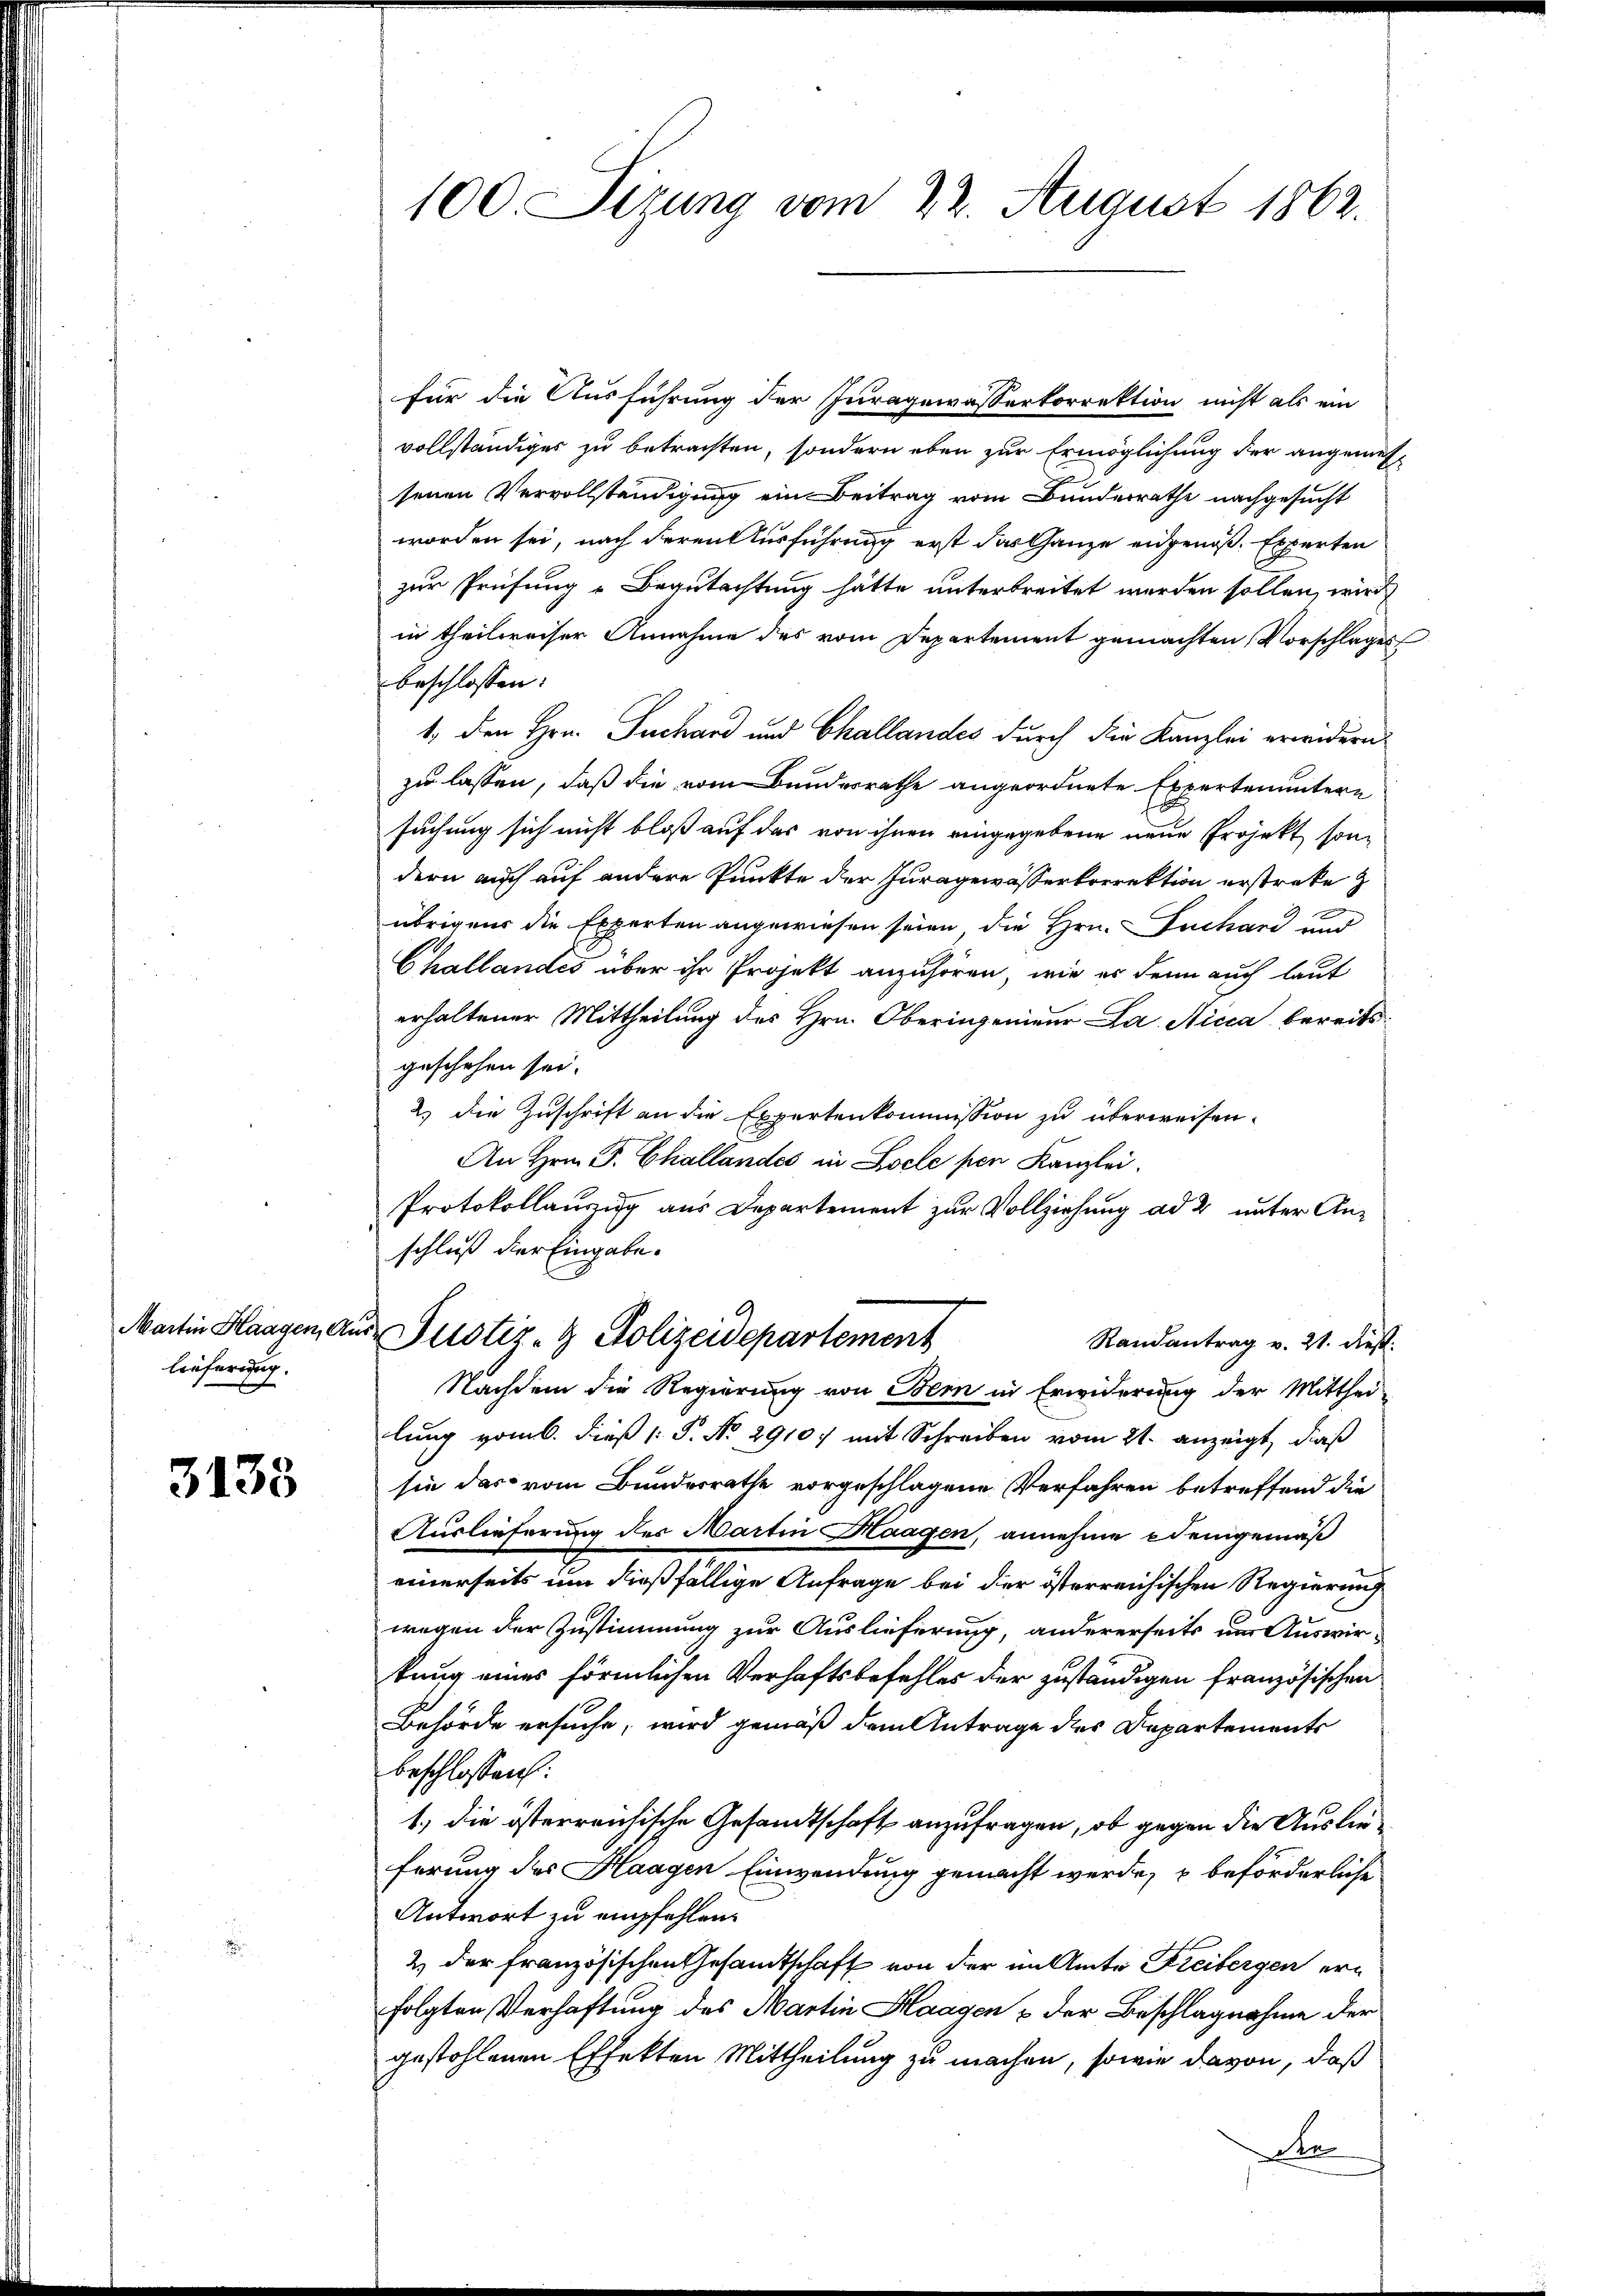
Martin Haagen, An
lieferung.

3133

für die Ausführung der Juragewasserkorrektion nicht als ein
vollständiges zu betrachten, sondern eben zur Ermöglichung der angemes
senen Vervollständigung ein Beitrag vom Bunderrathe nachgesucht
worden sei, nach deren Ausführung erst das Ganze eidgenoß. Experten
zur Prüfung u Begutachtung hätte unterbreitet werden sollen, wird
in theilweiser Annahme des vom Departement gemachten Vorschlages
beschlossen:
1., den Hrn. Juchard und Challandes durch die Kanzlei erwidern
zu lassen, daß die vom Bundesrathe angeordnete Expertenuntere
suchung sich nicht bloß auf das von ihnen eingegebene neue Projekt, sondern auch auf andere Punkte der Juragewässerkorrektion erstreke z
übrigens die Experten angewiesen seien die Hrn. Fuchard und
Challandes über ihr Projekt anzuhören, wie er denn auch laut
erhaltener Mittheilung des Hrn. Oberingenieur La Aica bereits
geschehen sei.
2.) die Zuschrift an die Expertenkommission zu überweisen.
An Hrn. P. Challandes in Locle pen Kanzlei.
Protokollauszug aus Departement zur Vollziehung ad 2 unter Anschluß der Eingabe.
u Justiz- & Polizeidepartement
Randantrag v. 21. dieß:
Nachdem die Regierung von Bern in Erwiderung der Mitthei-
lung vom 6. dieß (: P. No. 2910 mit Schreiben vom 21. anzeigt, daß
sie das vom Bundesrathe vorgeschlagene Verfahren betreffend die
Auslieferung des Martin Haagen, annehme demgemäß
einerseits um dießfällige Anfrage bei der österreichischen Regierung
wegen der Zustimmung zur Auslieferung, andererseits um Auswir-
kung eines förmlichen Verhaftsbefehles der zuständigen französischen
Behörde ersuche, wird gemäß dem Antrage des Departements
beschlossen:
1.) die österreichische Gesandtschaft anzufragen, ob gegen die Auslieferung des Haagen Einwendung gemacht werde, u beförderliche
Antwort zu empfehlen.
2 der französischen Gesamtschaft von der im Amte Freibergen erfolgten Verhaftung des Martin Haagen & der Beschlagnahme der
gestohlenen Effekten Mittheilung zu machen, sowie davon, daß
den

100. Sizung vom 22. August 1862.